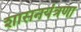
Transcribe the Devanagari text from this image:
शासनयंत्रणा